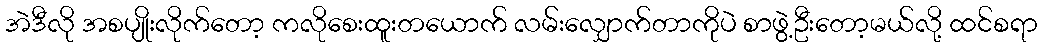
အဲဒီလို အစပျိုးလိုက်တော့ ကလိုစေးထူးတယောက် လမ်းလျှောက်တာကိုပဲ စာဖွဲ့ဦးတော့မယ်လို့ ထင်စရာ